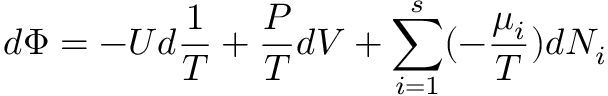
d \Phi = - U d { \frac { 1 } { T } } + { \frac { P } { T } } d V + \sum _ { i = 1 } ^ { s } ( - { \frac { \mu _ { i } } { T } } ) d N _ { i }